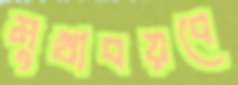
মুখাবয়বে